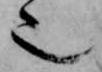
也